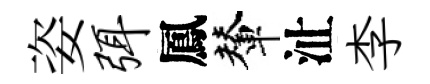
姿弭鳳輦沚李